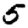
Digit: 5